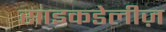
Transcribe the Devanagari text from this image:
साइकडेलीज़